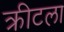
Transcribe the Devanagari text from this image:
क्रीटला